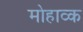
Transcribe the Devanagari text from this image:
मोहाव्क